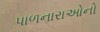
પાળનારાઓનો